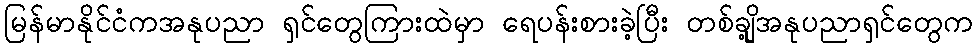
မြန်မာနိုင်ငံကအနုပညာ ရှင်တွေကြားထဲမှာ ရေပန်းစားခဲ့ပြီး တစ်ချို့အနုပညာရှင်တွေက